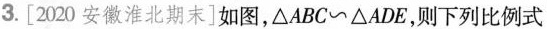
3.[2020安徽淮北期末]如图，\triangle ABC\sim \triangle ADE，则下列比例式